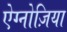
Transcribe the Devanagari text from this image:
ऐग्नोज़िया